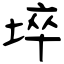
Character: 埣